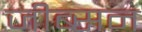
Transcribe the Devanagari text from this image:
जीब्सन